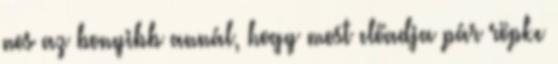
nos az bonyibb annál, hogy most előadja pár röpke